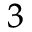
^ { 3 }